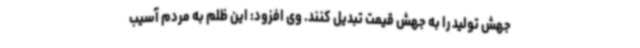
جهش تولید را به جهش قیمت تبدیل کنند. وی افزود: این ظلم به مردم آسیب